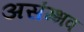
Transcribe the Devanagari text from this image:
असंम्भव